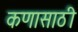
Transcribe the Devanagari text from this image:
कणासाठी